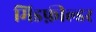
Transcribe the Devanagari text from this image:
मिडफ़ील्डर